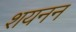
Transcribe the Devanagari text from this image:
शयनन